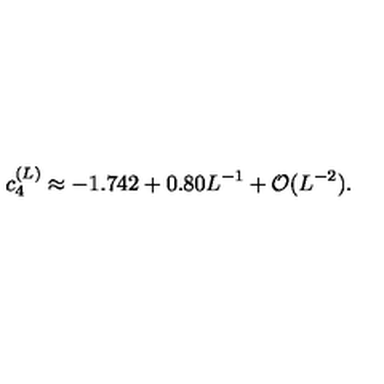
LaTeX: c _ { 4 } ^ { ( L ) } \approx - 1 . 7 4 2 + 0 . 8 0 L ^ { - 1 } + { \cal O } ( L ^ { - 2 } ) .